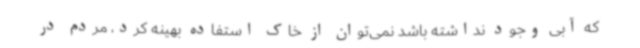
که آبی وجود نداشته باشد نمی‌توان از خاک استفاده بهینه کرد، مردم در